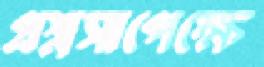
প্রশ্নসাপেক্ষে